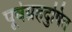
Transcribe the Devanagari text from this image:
पूर्वग्रहदुषित